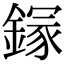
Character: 䥂